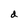
Character: d